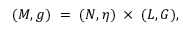
( M , g ) \ = \ ( N , \eta ) \; \times \; ( L , G ) ,